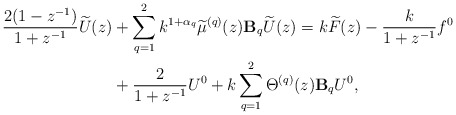
\begin{align*} \frac{2(1-z^{-1})}{1+z^{-1}} \widetilde{U}(z) & + \sum\limits_{q=1}^{2}k^{1+\alpha_q}\widetilde{\mu}^{(q)}(z) \mathbf{B}_q\widetilde{U}(z) = k\widetilde{F}(z) - \frac{k}{1+z^{-1}} f^0 \\ & + \frac{2}{1+z^{-1}} U^0 + k \sum\limits_{q=1}^{2} \Theta^{(q)}(z) \mathbf{B}_qU^0, \end{align*}